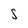
Character: S